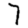
Digit: 7